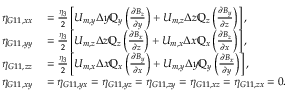
\begin{array} { r l } { \eta _ { G 1 1 , x x } } & { { } = \frac { \eta _ { 3 } } { 2 } \left[ U _ { m , y } \Delta y \mathbb { Q } _ { y } \left( \frac { \partial B _ { z } } { \partial y } \right) + U _ { m , z } \Delta z \mathbb { Q } _ { z } \left( \frac { \partial B _ { y } } { \partial z } \right) \right] , } \\ { \eta _ { G 1 1 , y y } } & { { } = \frac { \eta _ { 3 } } { 2 } \left[ U _ { m , z } \Delta z \mathbb { Q } _ { z } \left( \frac { \partial B _ { x } } { \partial z } \right) + U _ { m , x } \Delta x \mathbb { Q } _ { x } \left( \frac { \partial B _ { z } } { \partial x } \right) \right] , } \\ { \eta _ { G 1 1 , z z } } & { { } = \frac { \eta _ { 3 } } { 2 } \left[ U _ { m , x } \Delta x \mathbb { Q } _ { x } \left( \frac { \partial B _ { y } } { \partial x } \right) + U _ { m , y } \Delta y \mathbb { Q } _ { y } \left( \frac { \partial B _ { x } } { \partial y } \right) \right] , } \\ { \eta _ { G 1 1 , x y } } & { { } = \eta _ { G 1 1 , y x } = \eta _ { G 1 1 , y z } = \eta _ { G 1 1 , z y } = \eta _ { G 1 1 , x z } = \eta _ { G 1 1 , z x } = 0 . } \end{array}